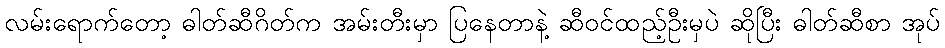
လမ်းရောက်တော့ ဓါတ်ဆီဂိတ်က အမ်းတီးမှာ ပြနေတာနဲ့ ဆီဝင်ထည့်ဦးမှပဲ ဆိုပြီး ဓါတ်ဆီစာ အုပ်